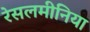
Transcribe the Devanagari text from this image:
रेसलमीनिया